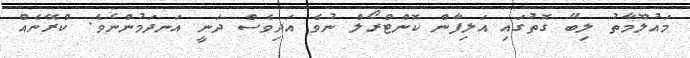
މައުލޫމާތު ލިބޭ ގޮތުގައި އަލިފާން ކޮންޓްރޯލް ނުވެ އަދިވެސް ދަނީ އަނދަމުންނެވެ. ކްރޭނެއް